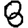
Digit: 8